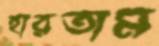
হারতাম